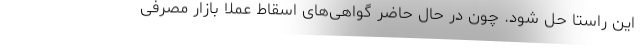
این راستا حل شود. چون در حال حاضر گواهی‌های اسقاط عملا بازار مصرفی